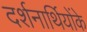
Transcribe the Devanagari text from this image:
दर्शनार्थियोंके